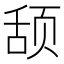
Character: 𬱠